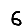
Digit: 6